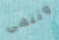
وننهي